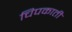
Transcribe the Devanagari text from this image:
चिपकाती